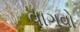
વાગવો